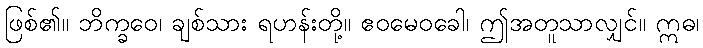
ဖြစ်၏။ ဘိက္ခဝေ၊ ချစ်သား ရဟန်းတို့။ ဧဝမေဝခေါ၊ ဤအတူသာလျှင်။ ဣဓ၊